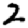
Digit: 2